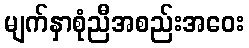
မျက်နှာစုံညီအစည်းအဝေး